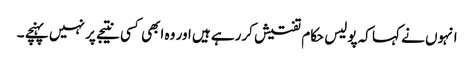
انہوں نے کہا کہ پولیس حکام تفتیش کررہے ہیں اور وہ ابھی کسی نتیجے پر نہیں پہنچے ۔